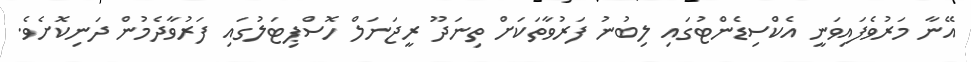
އޭނާ މަރުވެފައިވަނީ އެކްސިޑެންޓުގައި ލިބުނު ފަރުވާތަކަށް ތިނަދޫ ރީޖަނަލް ހޮސްޕިޓަލުގައި ފަރުވާދެމުން ދަނިކޮށެވެ.